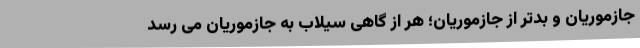
جازموریان و بدتر از جازموریان؛ هر از گاهی سیلاب به جازموریان می رسد